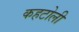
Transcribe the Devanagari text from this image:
कहटोली